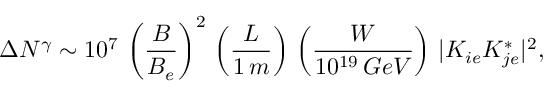
\Delta N ^ { \gamma } \sim 1 0 ^ { 7 } \, \left( \frac { B } { B _ { e } } \right) ^ { 2 } \, \left( \frac { L } { 1 \, m } \right) \, \left( \frac { W } { 1 0 ^ { 1 9 } \, G e V } \right) \, | K _ { i e } K _ { j e } ^ { * } | ^ { 2 } ,